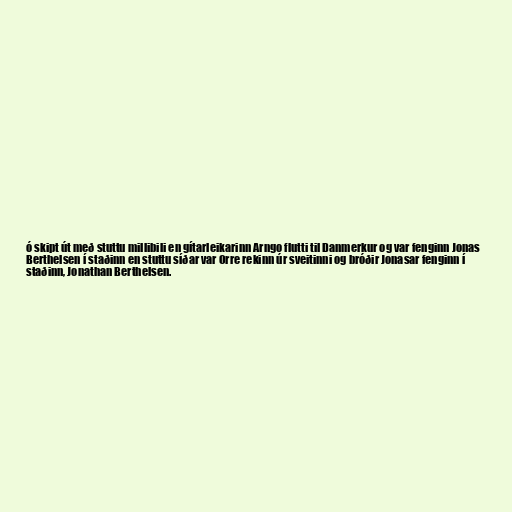
ó skipt út með stuttu millibili en gítarleikarinn Arngo flutti til Danmerkur og var fenginn Jonas
Berthelsen í staðinn en stuttu síðar var Orre rekinn úr sveitinni og bróðir Jonasar fenginn í
staðinn, Jonathan Berthelsen.